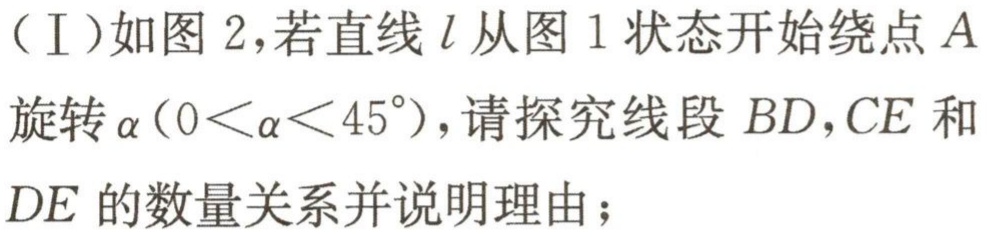
（Ⅰ）如图 2，若直线\(l\)从图 1 状态开始绕点\(A\)旋转\(\alpha(0<\alpha<45^{\circ})\)，请探究线段\(BD,CE\)和\(DE\)的数量关系并说明理由；